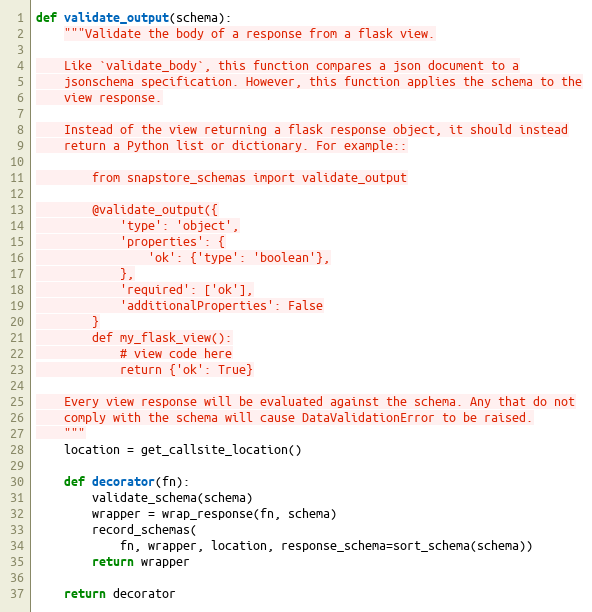
Language: Python
def validate_output(schema):
    """Validate the body of a response from a flask view.

    Like `validate_body`, this function compares a json document to a
    jsonschema specification. However, this function applies the schema to the
    view response.

    Instead of the view returning a flask response object, it should instead
    return a Python list or dictionary. For example::

        from snapstore_schemas import validate_output

        @validate_output({
            'type': 'object',
            'properties': {
                'ok': {'type': 'boolean'},
            },
            'required': ['ok'],
            'additionalProperties': False
        }
        def my_flask_view():
            # view code here
            return {'ok': True}

    Every view response will be evaluated against the schema. Any that do not
    comply with the schema will cause DataValidationError to be raised.
    """
    location = get_callsite_location()

    def decorator(fn):
        validate_schema(schema)
        wrapper = wrap_response(fn, schema)
        record_schemas(
            fn, wrapper, location, response_schema=sort_schema(schema))
        return wrapper

    return decorator